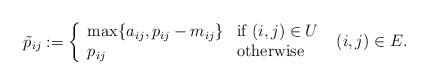
LaTeX: \begin{align*}\tilde p_{ij}:=\left \{\begin{array}{ll}\max \{a_{ij}, p_{ij}-m_{ij}\} & \mbox{if } (i,j)\in U\\p_{ij} & \mbox{otherwise}\end{array}\right.\begin{array}{l}(i,j)\in E.\end{array}\end{align*}